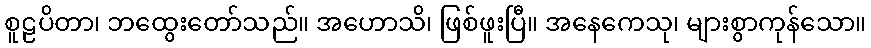
စူဠပိတာ၊ ဘထွေးတော်သည်။ အဟောသိ၊ ဖြစ်ဖူးပြီ။ အနေကေသု၊ များစွာကုန်သော။